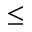
\leq